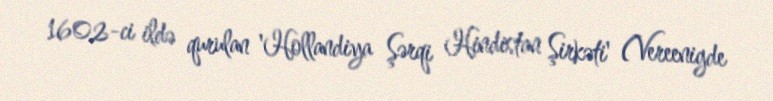
1602-ci ildə qurulan 'Hollandiya Şərqi Hindistan Şirkəti' (Vereenigde